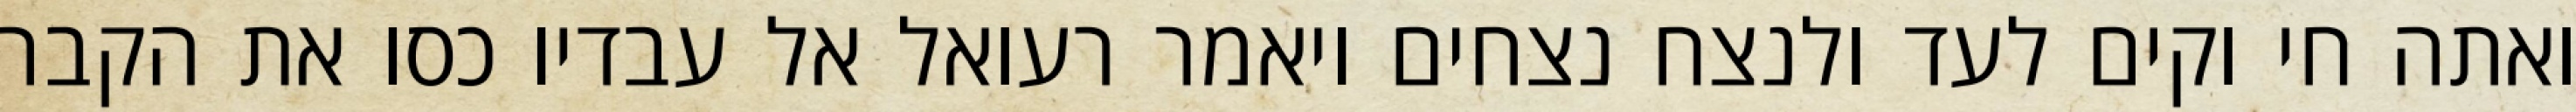
ואתה חי וקים לעד ולנצח נצחים ויאמר רעואל אל עבדיו כסו את הקבר